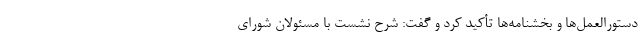
دستورالعمل‌ها و بخشنامه‌ها تأکید کرد و گفت: شرح نشست با مسئولان شورای